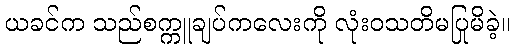
ယခင်က သည်စက္ကူချပ်ကလေးကို လုံးဝသတိမပြုမိခဲ့။